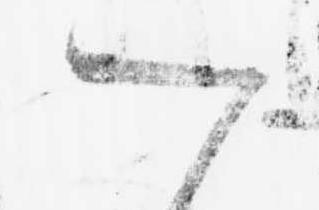
一